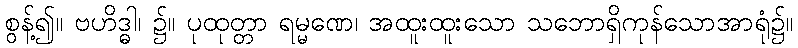
စွန့်၍။ ဗဟိဒ္ဓါ၊ ၌။ ပုထုတ္တာ ရမ္မဏေ၊ အထူးထူးသော သဘောရှိကုန်သောအာရုံ၌။